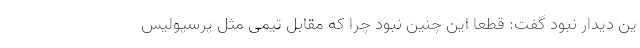
ین دیدار نبود گفت: قطعاً این چنین نبود چرا که مقابل تیمی مثل پرسپولیس